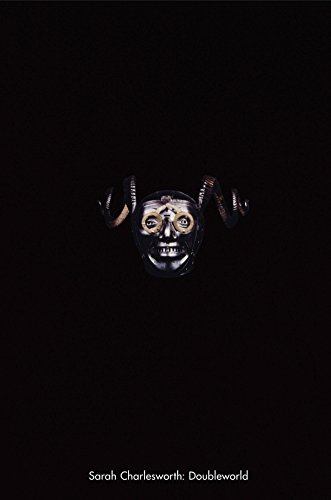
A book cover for Sarah Charlesworth: Doubleworld; Johanna Burton; Arts & Photography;